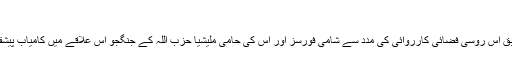
(11.10.2015)
رامی عبدالراحمان کے مطابق اس روسی فضائی کارروائی کی مدد سے شامی فورسز اور اس کی حامی ملیشیا حزب اللہ کے جنگجو اس علاقے میں کامیاب پیشقدمی کرنے کے قابل ہوئے۔